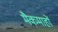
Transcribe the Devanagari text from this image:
मैकमाहों